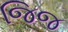
જિજ